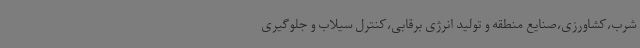
شرب،کشاورزی،صنایع منطقه و تولید انرژی برقابی،کنترل سیلاب و جلوگیری